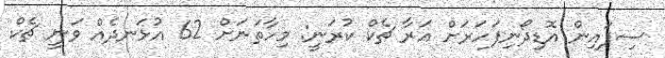
ސިފައިން އޮޑިދޯނިފަހަރަށް އަރާ ޗެކް ކުރަނީ: މިހާތަނަށް 62 އުޅަނދެއް ވަނީ ޗެކް